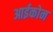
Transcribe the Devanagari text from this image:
आईकोन